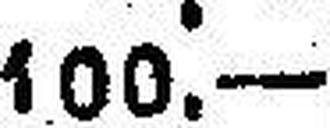
100.—